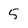
Character: 5